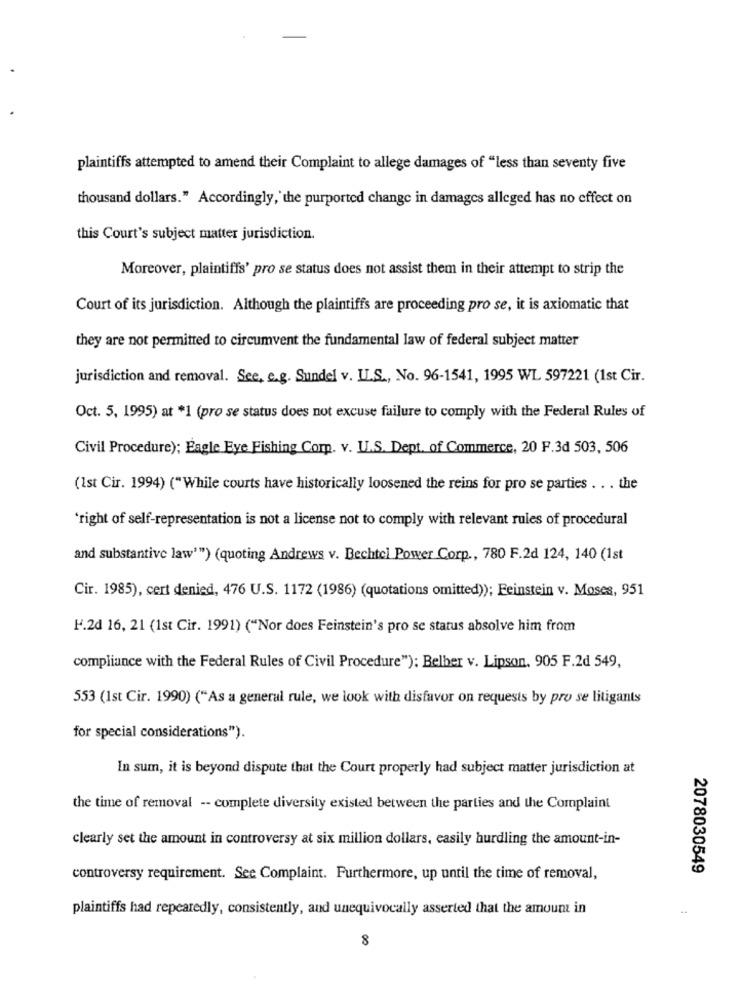
plaintiffs attempted to amend their Complaint to allege damages of "less than seventy five
thousand dollars." Accordingly,' the purported change in damages alleged has no effect on
this Court's subject matter jurisdiction.
Moreover, plaintiffs' pro se status does not assist them in their attempt to strip the
Court of its jurisdiction. Although the plaintiffs are proceeding pro se, it is axiomatic that
they are not permitted to circumvent the fundamental law of federal subject matter
jurisdiction and removal. See, e.g. Sundel v. IL.S ., No. 96-1541, 1995 WL 597221 (1st Cir.
Oct. 5, 1995) at *1 (pro se status does not excuse failure to comply with the Federal Rules of
Civil Procedure); Eagle Eye Fishing Corp. v. U.S. Dept. of Commerce, 20 F.3d 503, 506
(Ist Cir. 1994) ("While courts have historically loosened the reins for pro se parties . . . the
'right of self-representation is not a license not to comply with relevant rules of procedural
and substantive law'") (quoting Andrews v. Bechtel Power Corp ., 780 F.2d 124, 140 (1st
Cir. 1985), cert denied, 476 U.S. 1172 (1986) (quotations omitted)); Feinstein v. Moses, 951
F.2d 16, 21 (1st Cir. 1991) ("Nor does Feinstein's pro se status absolve him from
compliance with the Federal Rules of Civil Procedure"): Belher v. Lipson, 905 F.2d 549,
553 (1st Cir. 1990) ("As a general rule, we look with disfavor on requests by pro se litigants
for special considerations").
In sum, it is beyond dispute that the Court properly had subject matter jurisdiction at
the time of removal -- complete diversity existed between the parties and the Complaint
clearly set the amount in controversy at six million dollars, easily hurdling the amount-in-
2078030549
controversy requirement. See Complaint. Furthermore, up until the time of removal,
plaintiffs had repeatedly, consistently, and unequivocally asserted that the amount in
8